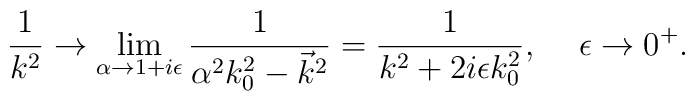
\frac {1}{k^2} \rightarrow \lim_{\alpha \rightarrow 1+i\epsilon}\frac {1}{\alpha ^2 k_{0}^{2}-\vec{k}^2} = \frac{1}{k^2+2i\epsilon k_{0}^{2}}, \hspace{.5cm} \epsilon\rightarrow 0^{+}.